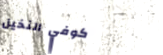
كوفي النخيل